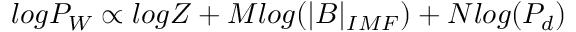
l o g P _ { W } \propto l o g Z + M l o g ( | B | _ { I M F } ) + N l o g ( P _ { d } )